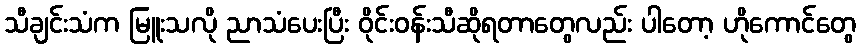
သီချင်းသံက မြူးသလို ညာသံပေးပြီး ဝိုင်းဝန်းသီဆိုရတာတွေလည်း ပါတော့ ဟိုကောင်တွေ